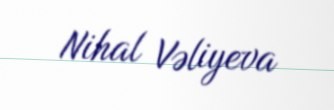
Nihal Vəliyeva